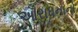
આરાધનાનો